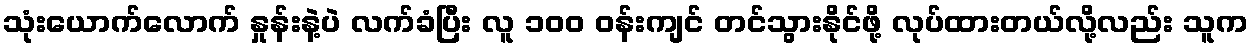
သုံးယောက်လောက် နှုန်းနဲ့ပဲ လက်ခံပြီး လူ ၁၀၀ ဝန်းကျင် တင်သွားနိုင်ဖို့ လုပ်ထားတယ်လို့လည်း သူက